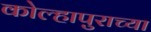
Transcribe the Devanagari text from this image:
कोल्हापुराच्या